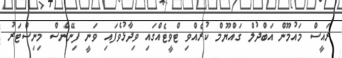
ރައީސް މައުމޫން އަބްދުލް ގައްޔޫމް ކުރެއްވި ޓްވީޓެއްގައި ވިދާޅުވެފައި ވަނީ ފިނޭންސް މިނިސްޓަރު